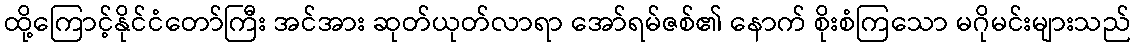
ထို့ကြောင့်နိုင်ငံတော်ကြီး အင်အား ဆုတ်ယုတ်လာရာ အော်ရမ်ဇစ်၏ နောက် စိုးစံကြသော မဂိုမင်းများသည်